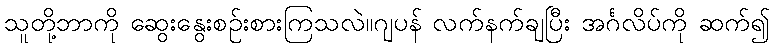
သူတို့ဘာကို ဆွေးနွေးစဉ်းစားကြသလဲ။ဂျပန် လက်နက်ချပြီး အင်္ဂလိပ်ကို ဆက်၍